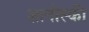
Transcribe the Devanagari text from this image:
शानोस्की